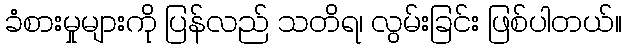
ခံစားမှုများကို ပြန်လည် သတိရ၊ လွမ်းခြင်း ဖြစ်ပါတယ်။